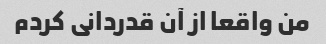
من واقعا از آن قدردانی کردم